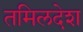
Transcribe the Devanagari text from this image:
तमिलदेश